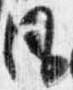
風